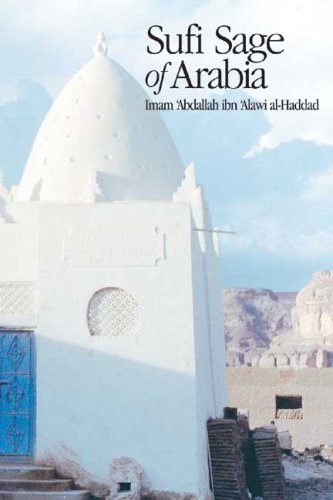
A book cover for Sufi Sage of Arabia: Imam Abdallah ibn Alawi al-Haddad (The Fons Vitae Imam al-Haddad Spiritual Masters series); Religion & Spirituality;